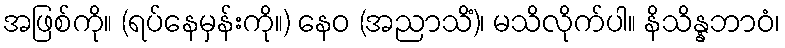
အဖြစ်ကို။ (ရပ်နေမှန်းကို။) နေဝ (အညာသိံ)၊ မသိလိုက်ပါ။ နိသိန္နဘာဝံ၊